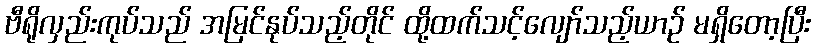
ဗီရိုလှည်းကုပ်သည် အမြင်နုပ်သည့်တိုင် ထို့ထက်သင့်လျော်သည့်ယာဉ် မရှိတော့ပြီး